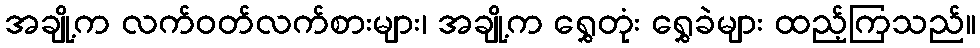
အချို့က လက်ဝတ်လက်စားများ၊ အချို့က ရွှေတုံး ရွှေခဲများ ထည့်ကြသည်။